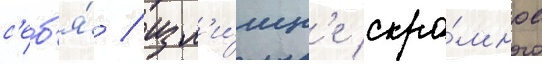
с'еб'я́ / изл'и́шн'е скро́мное